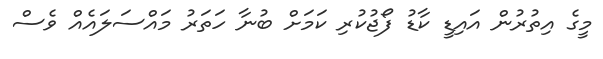
މީގެ އިތުރުން އައިޑީ ކާޑު ފޯޖުކުރި ކަމަށް ބުނާ ހަތަރު މައްސަލައެއް ވެސް